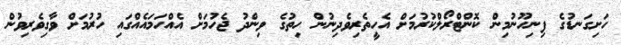
ހަށިގަނޑުގެ ފިނިހޫނުމިން ކޮންޓްރޯލްކުރުމަށް އެހީތެރިވެދިނުން ހިތުގެ ވިންދު ޖެހުމަށް އެއްހަމައެއްގައި ހުރުމަށް ވާގިވެރިވުން